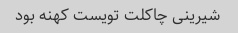
شیرینی چاکلت تویست کهنه بود